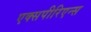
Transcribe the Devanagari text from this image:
एक्सपीरिएन्स